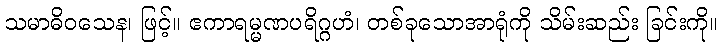
သမာဓိဝသေန၊ ဖြင့်။ ဧကာရမ္မဏပရိဂ္ဂဟံ၊ တစ်ခုသောအာရုံကို သိမ်းဆည်း ခြင်းကို။